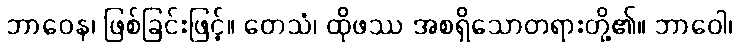
ဘာဝေန၊ ဖြစ်ခြင်းဖြင့်။ တေသံ၊ ထိုဖဿ အစရှိသောတရားတို့၏။ ဘာဝေါ၊